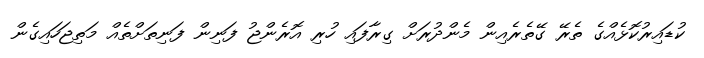
ކުޑައިރުކޮޅެއްގެ ތެރޭ ގޭތެރެއިން މެންދުރަށް ގިރާފައި ހުރި އޮރެންޖު ފަނިން ފަނިތަށްތެއް މަތިޖަހައިގެން